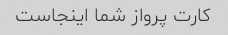
کارت پرواز شما اینجاست